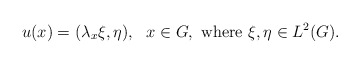
\begin{align*}u(x) = (\lambda_x \xi,\eta),\ \ x\in G, \mbox{ where } \xi,\eta\in L^2(G).\end{align*}